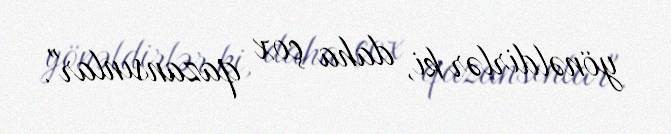
yönəldirlər ki, daha çox qazansınlar".